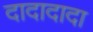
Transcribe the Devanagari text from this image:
दादादादा